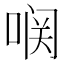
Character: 𱓥